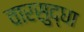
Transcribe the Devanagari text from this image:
वारसुद्धा